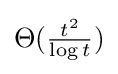
\Theta ({\tfrac {t^{2}}{\log t}})